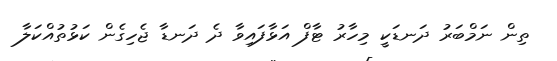
ތިން ނަމްބަރު ދަނޑަކީ މިހާރު ޓާފް އަޅާފައިވާ ދެ ދަނޑާ ޖެހިގެން ކަޅުތުއްކަލާ